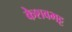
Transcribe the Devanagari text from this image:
केशवभट्ट